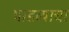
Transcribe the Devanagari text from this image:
पाडव्याचा